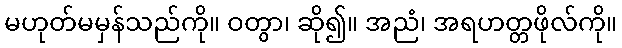
မဟုတ်မမှန်သည်ကို။ ဝတွာ၊ ဆို၍။ အညံ၊ အရဟတ္တဖိုလ်ကို။